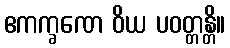
ဧကက္ခဏေ ဝိယ ပဝတ္တန္တိ။